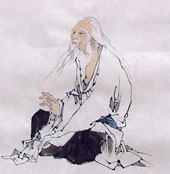
惜分长怕君先去，直待醉时休。